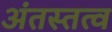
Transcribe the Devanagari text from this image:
अंतस्तत्व